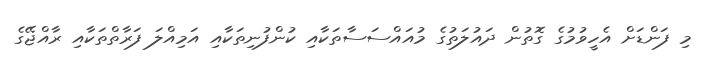
މި ފަންޑަށް އެހީވުމުގެ ގޮތުން ދައުލަތުގެ މުއައްސަސާތަކާއި ކުންފުނިތަކާއި އަމިއްލަ ފަރާތްތަކާއި ރާއްޖޭގެ